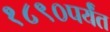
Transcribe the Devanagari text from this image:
१८९०पर्यंत